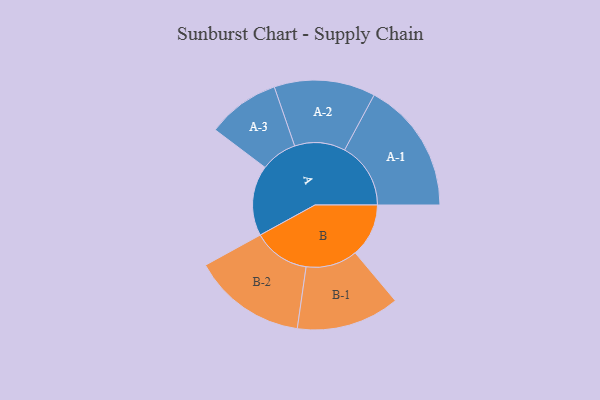
{"axis": {"x": "Segment", "y": "Value"}, "legend": ["", "A", "B"], "data": [{"x": "A", "y": 296, "type": ""}, {"x": "B", "y": 225, "type": ""}, {"x": "A-1", "y": 278, "type": "A"}, {"x": "A-2", "y": 213, "type": "A"}, {"x": "A-3", "y": 153, "type": "A"}, {"x": "B-1", "y": 217, "type": "B"}, {"x": "B-2", "y": 239, "type": "B"}]}